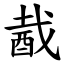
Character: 酨